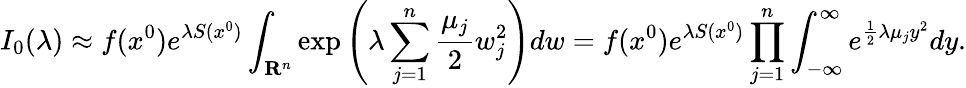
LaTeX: I_{0}(\lambda)\approx f(x^{0})e^{\lambda S(x^{0})}\int_{\mathbf{R}^{n}}\exp\left(\lambda\sum_{j=1}^{n}{\frac{\mu_{j}}{2}}w_{j}^{2}\right)dw=f(x^{0})e^{\lambda S(x^{0})}\prod_{j=1}^{n}\int_{-\infty}^{\infty}e^{{\frac{1}{2}}\lambda\mu_{j}y^{2}}dy.